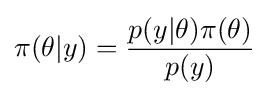
\pi (\theta |y)={\frac {p(y|\theta )\pi (\theta )}{p(y)}}